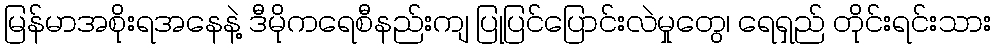
မြန်မာအစိုးရအနေနဲ့ ဒီမိုကရေစီနည်းကျ ပြုပြင်ပြောင်းလဲမှုတွေ၊ ရေရှည် တိုင်းရင်းသား